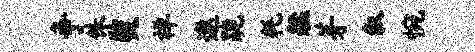
争侏奘禅遨跪耗艋芽叙惋